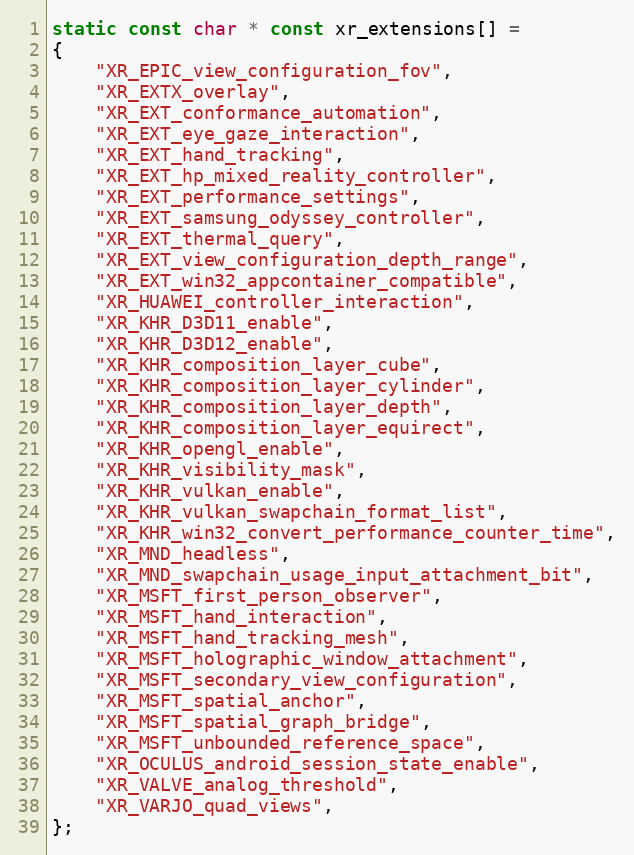
Language: C
static const char * const xr_extensions[] =
{
    "XR_EPIC_view_configuration_fov",
    "XR_EXTX_overlay",
    "XR_EXT_conformance_automation",
    "XR_EXT_eye_gaze_interaction",
    "XR_EXT_hand_tracking",
    "XR_EXT_hp_mixed_reality_controller",
    "XR_EXT_performance_settings",
    "XR_EXT_samsung_odyssey_controller",
    "XR_EXT_thermal_query",
    "XR_EXT_view_configuration_depth_range",
    "XR_EXT_win32_appcontainer_compatible",
    "XR_HUAWEI_controller_interaction",
    "XR_KHR_D3D11_enable",
    "XR_KHR_D3D12_enable",
    "XR_KHR_composition_layer_cube",
    "XR_KHR_composition_layer_cylinder",
    "XR_KHR_composition_layer_depth",
    "XR_KHR_composition_layer_equirect",
    "XR_KHR_opengl_enable",
    "XR_KHR_visibility_mask",
    "XR_KHR_vulkan_enable",
    "XR_KHR_vulkan_swapchain_format_list",
    "XR_KHR_win32_convert_performance_counter_time",
    "XR_MND_headless",
    "XR_MND_swapchain_usage_input_attachment_bit",
    "XR_MSFT_first_person_observer",
    "XR_MSFT_hand_interaction",
    "XR_MSFT_hand_tracking_mesh",
    "XR_MSFT_holographic_window_attachment",
    "XR_MSFT_secondary_view_configuration",
    "XR_MSFT_spatial_anchor",
    "XR_MSFT_spatial_graph_bridge",
    "XR_MSFT_unbounded_reference_space",
    "XR_OCULUS_android_session_state_enable",
    "XR_VALVE_analog_threshold",
    "XR_VARJO_quad_views",
};